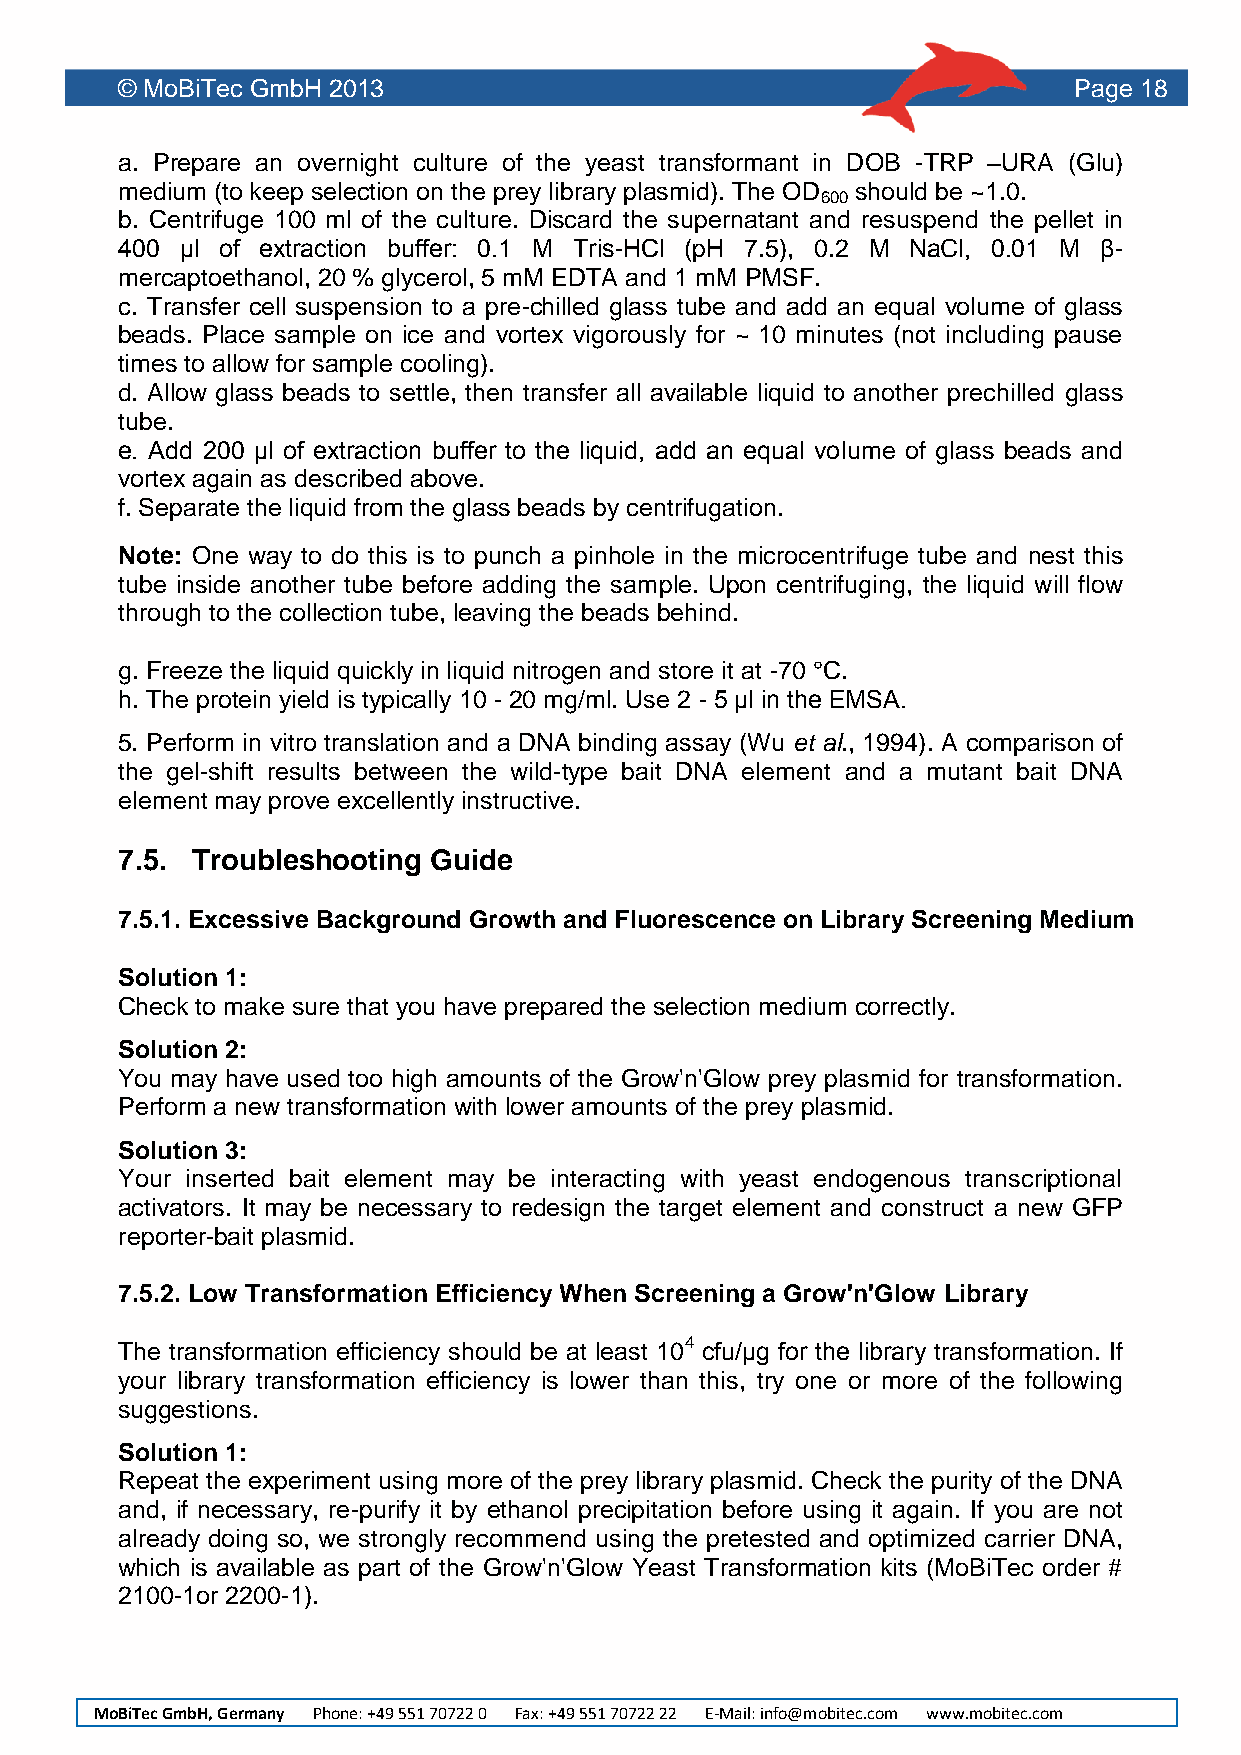
© MoBiTec GmbH 2013                                            Page 18
 a. Prepare an overnight culture of the yeast transformant in DOB -TRP –URA (Glu)
 medium (to keep selection on the prey library plasmid). The OD should be ~1.0.
 600
 b. Centrifuge 100 ml of the culture. Discard the supernatant and resuspend the pellet in
 400 μl of extraction buffer: 0.1 M Tris-HCl (pH 7.5), 0.2 M NaCl, 0.01 M β-
 mercaptoethanol, 20 % glycerol, 5 mM EDTA and 1 mM PMSF.
 c. Transfer cell suspension to a pre-chilled glass tube and add an equal volume of glass
 beads. Place sample on ice and vortex vigorously for ~ 10 minutes (not including pause
 times to allow for sample cooling).
 d. Allow glass beads to settle, then transfer all available liquid to another prechilled glass
 tube.
 e. Add 200 μl of extraction buffer to the liquid, add an equal volume of glass beads and
 vortex again as described above.
 f. Separate the liquid from the glass beads by centrifugation.
 Note: One way to do this is to punch a pinhole in the microcentrifuge tube and nest this
 tube inside another tube before adding the sample. Upon centrifuging, the liquid will flow
 through to the collection tube, leaving the beads behind.
 g. Freeze the liquid quickly in liquid nitrogen and store it at -70 °C.
 h. The protein yield is typically 10 - 20 mg/ml. Use 2 - 5 μl in the EMSA.
 5. Perform in vitro translation and a DNA binding assay (Wu et al., 1994). A comparison of
 the gel-shift results between the wild-type bait DNA element and a mutant bait DNA
 element may prove excellently instructive.
 7.5. Troubleshooting Guide
 7.5.1. Excessive Background Growth and Fluorescence on Library Screening Medium
 Solution 1:
 Check to make sure that you have prepared the selection medium correctly.
 Solution 2:
 You may have used too high amounts of the Grow'n'Glow prey plasmid for transformation.
 Perform a new transformation with lower amounts of the prey plasmid.
 Solution 3:
 Your inserted bait element may be interacting with yeast endogenous transcriptional
 activators. It may be necessary to redesign the target element and construct a new GFP
 reporter-bait plasmid.
 7.5.2. Low Transformation Efficiency When Screening a Grow'n'Glow Library
 The transformation efficiency should be at least 104 cfu/μg for the library transformation. If
 your library transformation efficiency is lower than this, try one or more of the following
 suggestions.
 Solution 1:
 Repeat the experiment using more of the prey library plasmid. Check the purity of the DNA
 and, if necessary, re-purify it by ethanol precipitation before using it again. If you are not
 already doing so, we strongly recommend using the pretested and optimized carrier DNA,
 which is available as part of the Grow'n'Glow Yeast Transformation kits (MoBiTec order #
 2100-1or 2200-1).
 MoBiTec GmbH, Germany Phone: +49 551 70722 0 Fax: +49 551 70722 22 E-Mail: info@mobitec.com www.mobitec.com